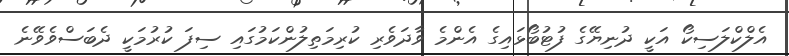
އެލްކްލަސިކޯ އަކީ ދުނިޔޭގެ ފުޓުބޯޅައިގެ އެންމެ ވާދަވެރި ކުރިމަތިލުންކަމުގައި ސިފަ ކުރުމަކީ ދެބަސްވެވޭނެ